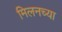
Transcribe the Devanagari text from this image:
मिलनच्या